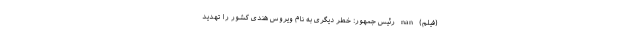
(فیلم) nan رئیس جمهور: خطر دیگری به نام ویروس هندی کشور را تهدید